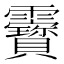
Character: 靌